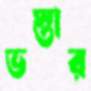
ভস্তার